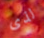
لذى